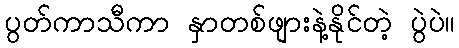
ပွတ်ကာသီကာ နှာတစ်ဖျားနဲ့နိုင်တဲ့ ပွဲပဲ။